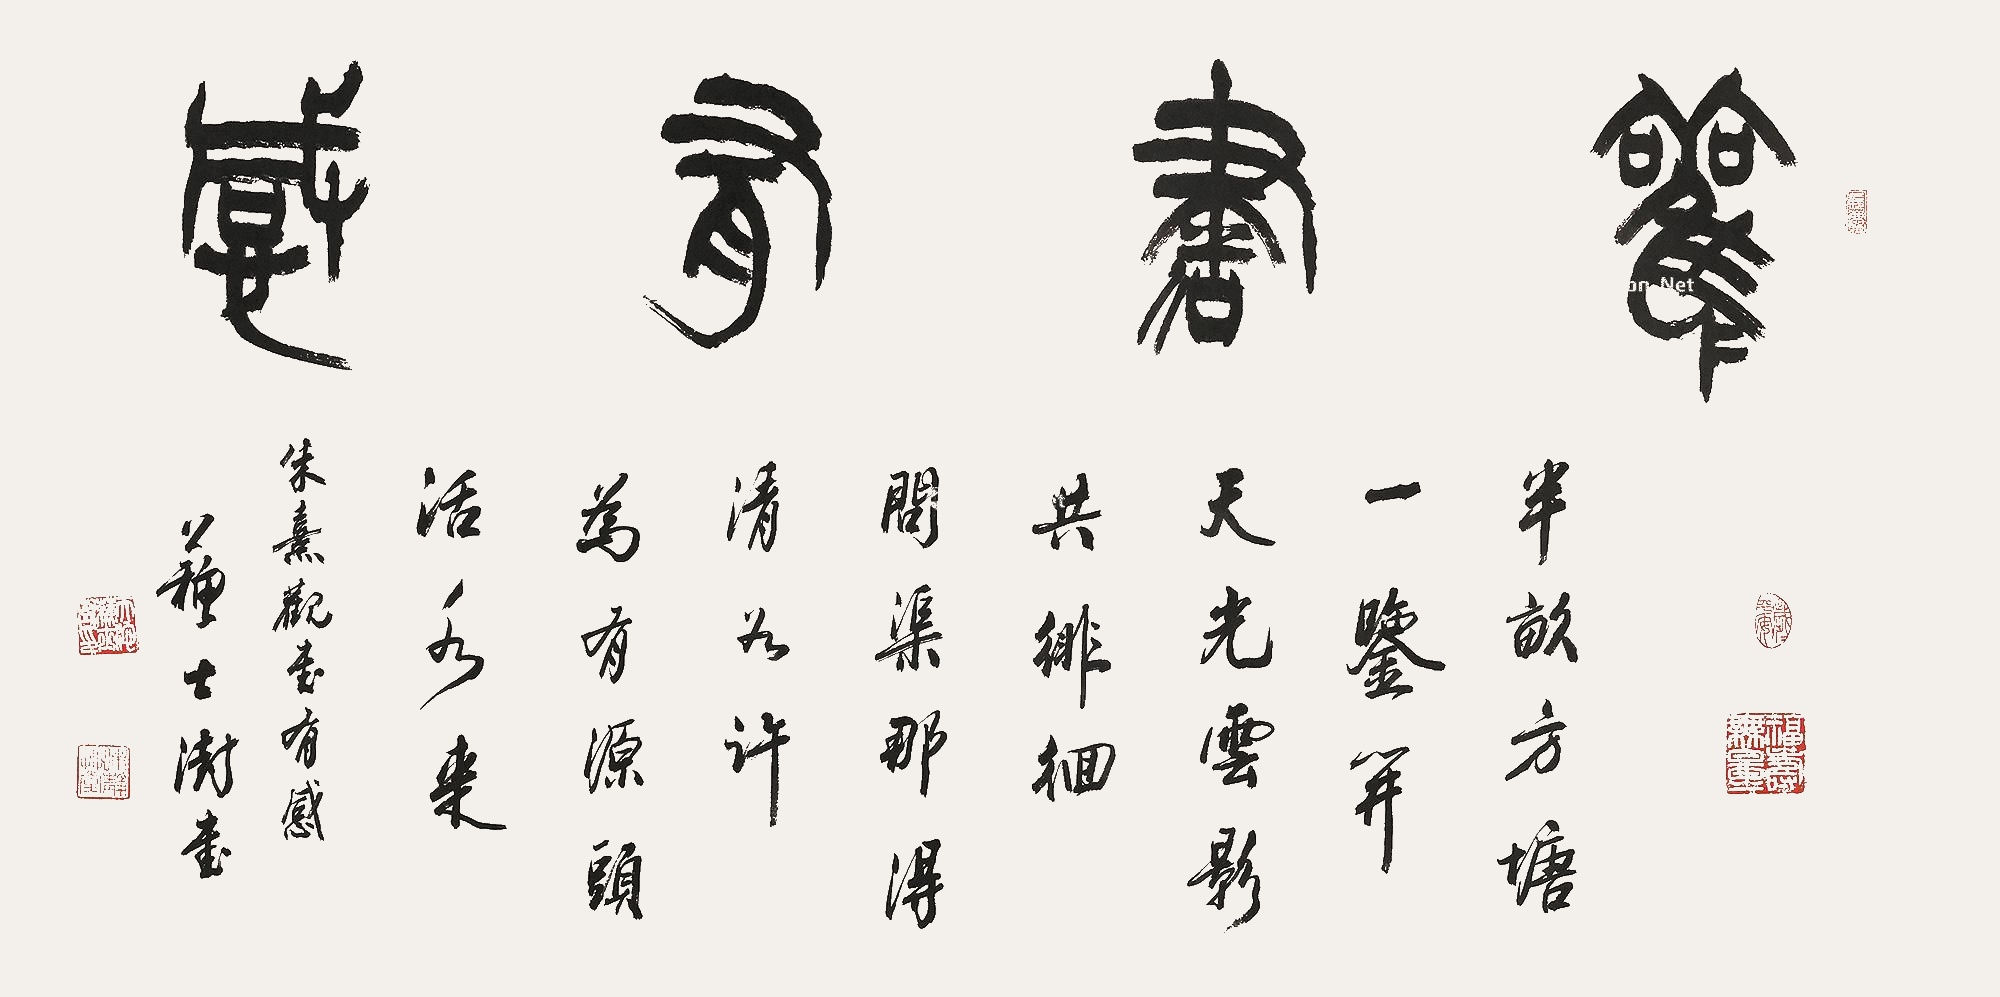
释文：半亩方塘一鉴开，天光云影共徘徊。问渠那得清如许？为有源头活水来。朱熹《观书有感》。苏士澍书。